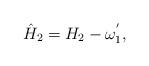
LaTeX: \begin{align*}\hat{H}_2=H_2-\omega_1^{'},\end{align*}